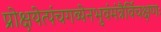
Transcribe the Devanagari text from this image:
प्रोक्षयेत्पंचगव्येनभुवंमंत्रैर्विचक्षणः